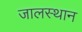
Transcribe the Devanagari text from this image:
जालस्थान